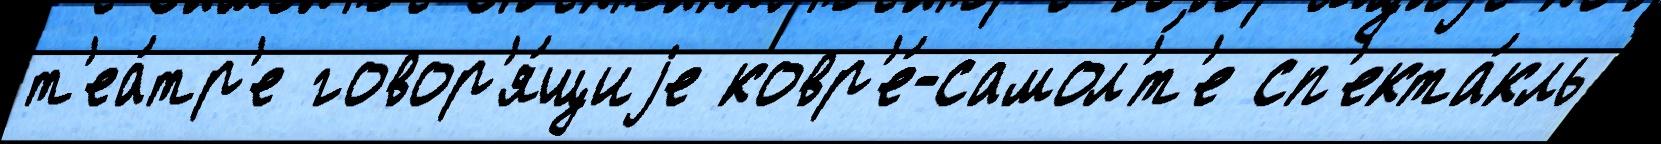
т'еа́тр'е говор'я́щиjе ковр'е́-самол'́т'е сп'екта́кль